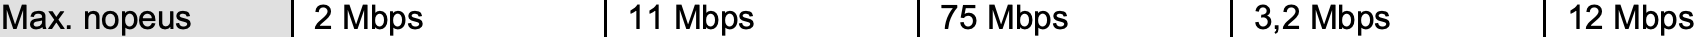
Max. nopeus 2 Mbps  11 Mbps    75 Mbps   3,2 Mbps  12 Mbps